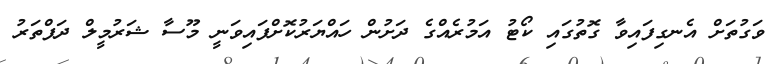
ވަގުތަށް އެނގިފައިވާ ގޮތުގައި ކޯޓު އަމުރެއްގެ ދަށުން ހައްޔަރުކޮށްފައިވަނީ މޫސާ ޝަރުމީލް ދަފްތަރު